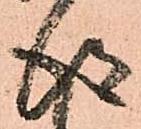
得